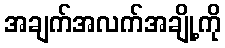
အချက်အလက်အချို့ကို